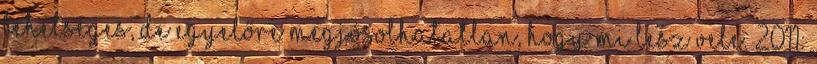
tehetséges, de egyelőre megjósolhatatlan, hogy mi lesz vele. 2011: